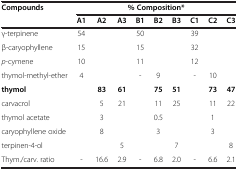
| Compounds | <COLSPAN=9> % Composition* |
 |  | A1 | A2 | A3 | B1 | B2 | B3 | C1 | C2 | C3 |
 | --- | --- | --- | --- | --- | --- | --- | --- | --- | --- |
 | γ-terpinene | 54 |  |  | 50 |  |  | 39 |  |  |
 | β-caryophyllene | 15 |  |  | 15 |  |  | 32 |  |  |
 | p-cymene | 10 |  |  | 11 |  |  | 12 |  |  |
 | thymol-methyl-ether | 4 |  |  | - | 9 |  | - | 10 |  |
 | thymol |  | 83 | 61 |  | 75 | 51 |  | 73 | 47 |
 | carvacrol |  | 5 | 21 |  | 11 | 25 |  | 11 | 22 |
 | thymol acetate |  | 3 |  |  | 0.5 |  |  | 1 |  |
 | caryophyllene oxide |  | 8 |  |  | 3 |  |  | 3 |  |
 | terpinen-4-ol |  |  | 5 |  |  | 7 |  |  | 8 |
 | Thym./carv. ratio | - | 16.6 | 2.9 | - | 6.8 | 2.0 | - | 6.6 | 2.1 |